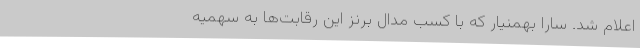
اعلام شد. سارا بهمنیار که با کسب مدال برنز این رقابت‌ها به سهمیه